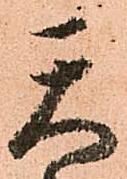
天